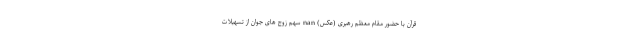
قرآن با حضور مقام معظم رهبری (عکس) nan سهم زوج های جوان از تسهیلات